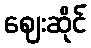
ဈေးဆိုင်